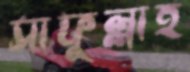
সাফুল্লাহ